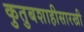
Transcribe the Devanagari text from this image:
कुतुबशाहीसारखी